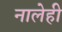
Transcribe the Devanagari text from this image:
नालेही